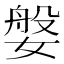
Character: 媻